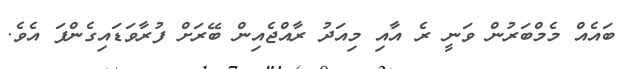
ބައެއް މެމްބަރުން ވަނީ ރެ އާއި މިއަދު ރާއްޖެއިން ބޭރަށް ފުރާވަޑައިގެންފަ އެވެ.